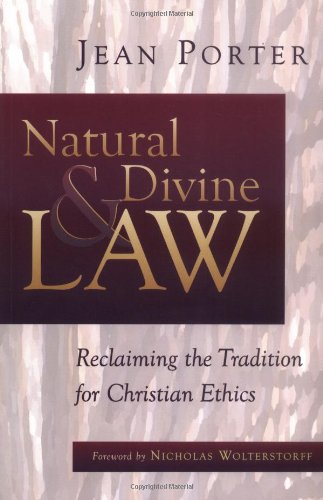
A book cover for Natural and Divine Law: Reclaiming the Tradition for Christian Ethics (Saint Paul University Series in Ethics); Jean Porter; Law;